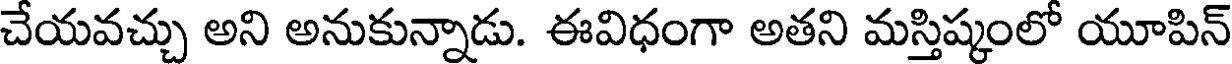
చేయవచ్చు అని అనుకున్నాడు. ఈవిధంగా అతని మస్తిష్కంలో యూపిన్